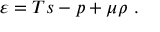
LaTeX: \varepsilon = T s - p + \mu \rho \ .